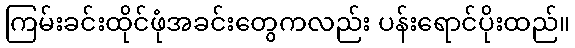
ကြမ်းခင်းထိုင်ဖုံအခင်းတွေကလည်း ပန်းရောင်ပိုးထည်။